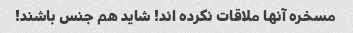
مسخره آنها ملاقات نکرده اند! شاید هم جنس باشند!